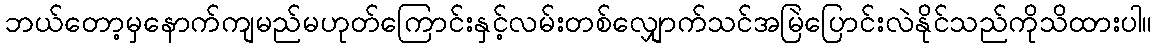
ဘယ်တော့မှနောက်ကျမည်မဟုတ်ကြောင်းနှင့်လမ်းတစ်လျှောက်သင်အမြဲပြောင်းလဲနိုင်သည်ကိုသိထားပါ။